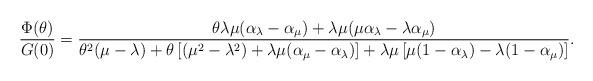
LaTeX: \begin{align*} \dfrac{\Phi(\theta)}{G(0)} = \dfrac{\theta \lambda \mu(\alpha_{\lambda} - \alpha_{\mu}) + \lambda \mu (\mu \alpha_{\lambda} - \lambda \alpha_{\mu}) }{\theta^2 (\mu - \lambda) + \theta \left[ (\mu ^2 - \lambda ^2) + \lambda \mu (\alpha_{\mu} - \alpha_{\lambda}) \right] + \lambda \mu \left[ \mu (1 - \alpha_{\lambda}) - \lambda (1 - \alpha_{\mu})\right]}.\end{align*}